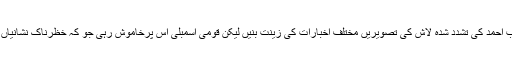
آفتاب احمد کی تشدد شدہ لاش کی تصویریں مختلف اخبارات کی زینت بنیں لیکن قومی اسمبلی اس پرخاموش رہی جو کہ خظرناک نشانیاں ہیں۔